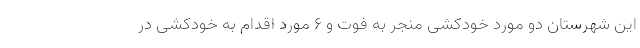
این شهرستان دو مورد خودکشی منجر به فوت و ۶ مورد اقدام به خودکشی در